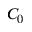
C _ { 0 }